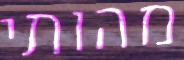
מהותי